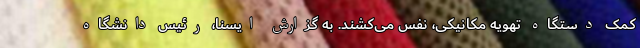
کمک دستگاه تهویه مکانیکی، نفس می‌کشند. به گزارش ایسنا، رئیس دانشگاه